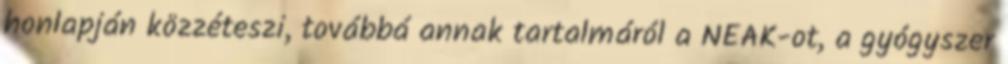
honlapján közzéteszi, továbbá annak tartalmáról a NEAK-ot, a gyógyszer